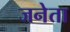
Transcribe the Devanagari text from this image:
जनेता